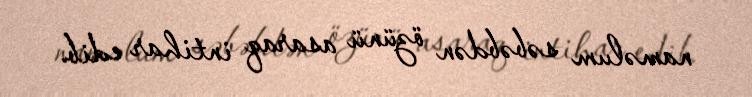
naməlum səbəbdən özünü asaraq intihar edib.